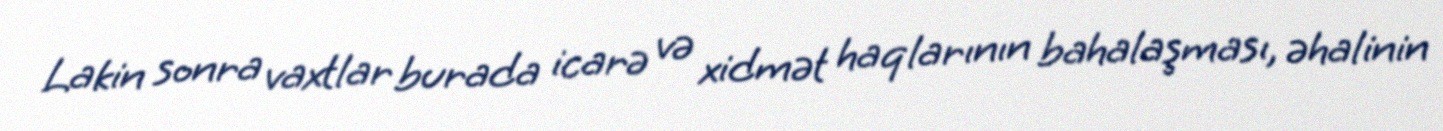
Lakin sonra vaxtlar burada icarə və xidmət haqlarının bahalaşması, əhalinin